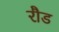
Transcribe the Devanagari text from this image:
रौड